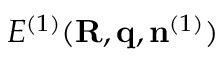
{ \cal E } ^ { ( 1 ) } ( { \bf R , q } , { \bf n } ^ { ( 1 ) } )